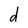
Character: d